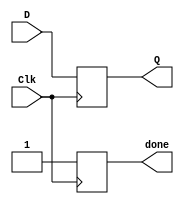
module DFF(D,Clk,Q,done);

    input D,Clk;
    output reg Q,done;

    always @ (posedge Clk)
    begin
        done=0;
        Q=D;
        done=1;
    end

endmodule